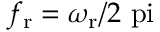
f _ { \mathrm { r } } = \omega _ { \mathrm { r } } / 2 \mathrm { \ p i }